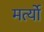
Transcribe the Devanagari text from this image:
मर्त्यो